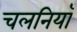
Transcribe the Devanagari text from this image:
चलनियाँ